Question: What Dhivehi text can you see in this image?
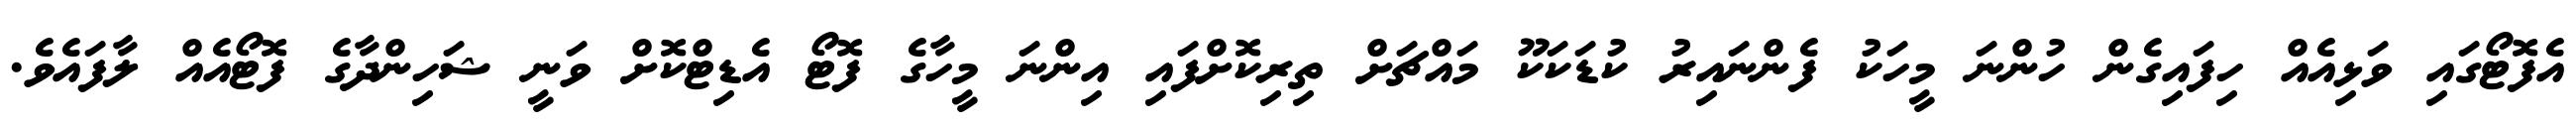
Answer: އެފޮޓޯގައި ވަޅިއެއް ހިފައިގެން ހުންނަ މީހަކު ފެންނައިރު ކުޑަކަކޫ މައްޗަށް ތިރިކޮށްފައި އިންނަ މީހާގެ ފޮޓޯ އެޑިޓްކޮށް ވަނީ ޝަހިންދާގެ ފޮޓޯއެއް ލާފައެވެ.